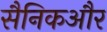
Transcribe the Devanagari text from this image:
सैनिकऔर